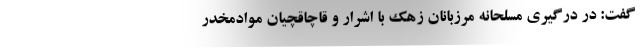
گفت: در درگیری مسلحانه مرزبانان زهک با اشرار و قاچاقچیان موادمخدر